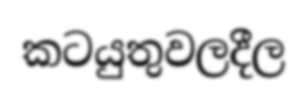
කටයුතුවලදීල